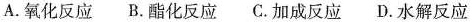
A.氧化反应 B.酯化反应 C.加成反应 D.水解反应